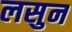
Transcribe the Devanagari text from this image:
लसुन